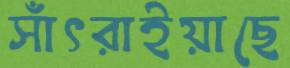
সাঁৎরাইয়াছে